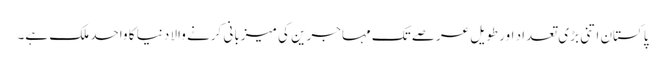
پاکستان اتنی بڑی تعداد اور طویل عرصے تک مہاجرین کی میزبانی کرنے والا دنیا کا واحد ملک ہے۔